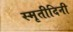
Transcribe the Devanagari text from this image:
स्मृतीदिनी